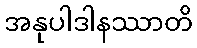
အနုပါဒါနဿာတိ